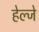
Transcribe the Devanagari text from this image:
हेल्जे